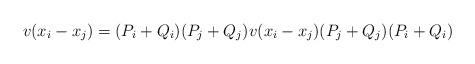
LaTeX: \begin{align*}v(x_{i}-x_{j})=(P_{i}+Q_{i})(P_{j}+Q_{j})v(x_{i}-x_{j})(P_{j}+Q_{j})(P_{i}+Q_{i})\end{align*}